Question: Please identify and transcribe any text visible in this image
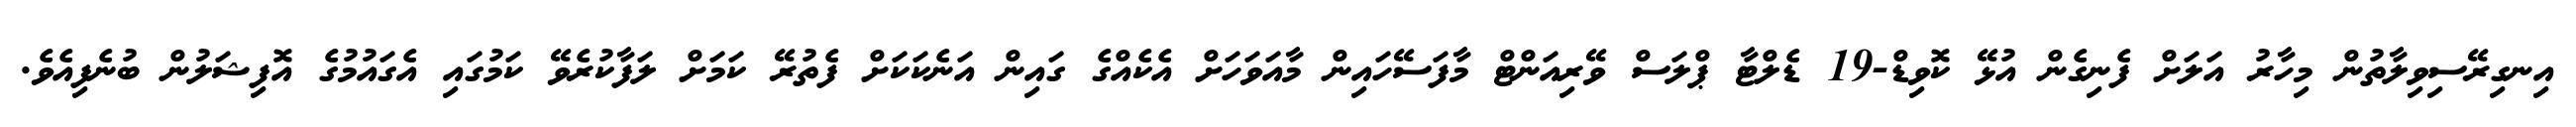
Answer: އިނގިރޭސިވިލާތުން މިހާރު އަލަށް ފެނިގެން އުޅޭ ކޮވިޑް-19 ޑެލްޓާ ޕްލަސް ވޭރިއަންޓް މާފަސޭހައިން މާއަވަހަށް އެކެއްގެ ގައިން އަނެކަކަށް ފެތުރޭ ކަމަށް ލަފާކުރެވޭ ކަމުގައި އެގައުމުގެ އޮފިޝަލުން ބުނެފިއެވެ.